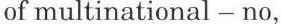
of multinational - no,